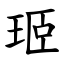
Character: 㺿